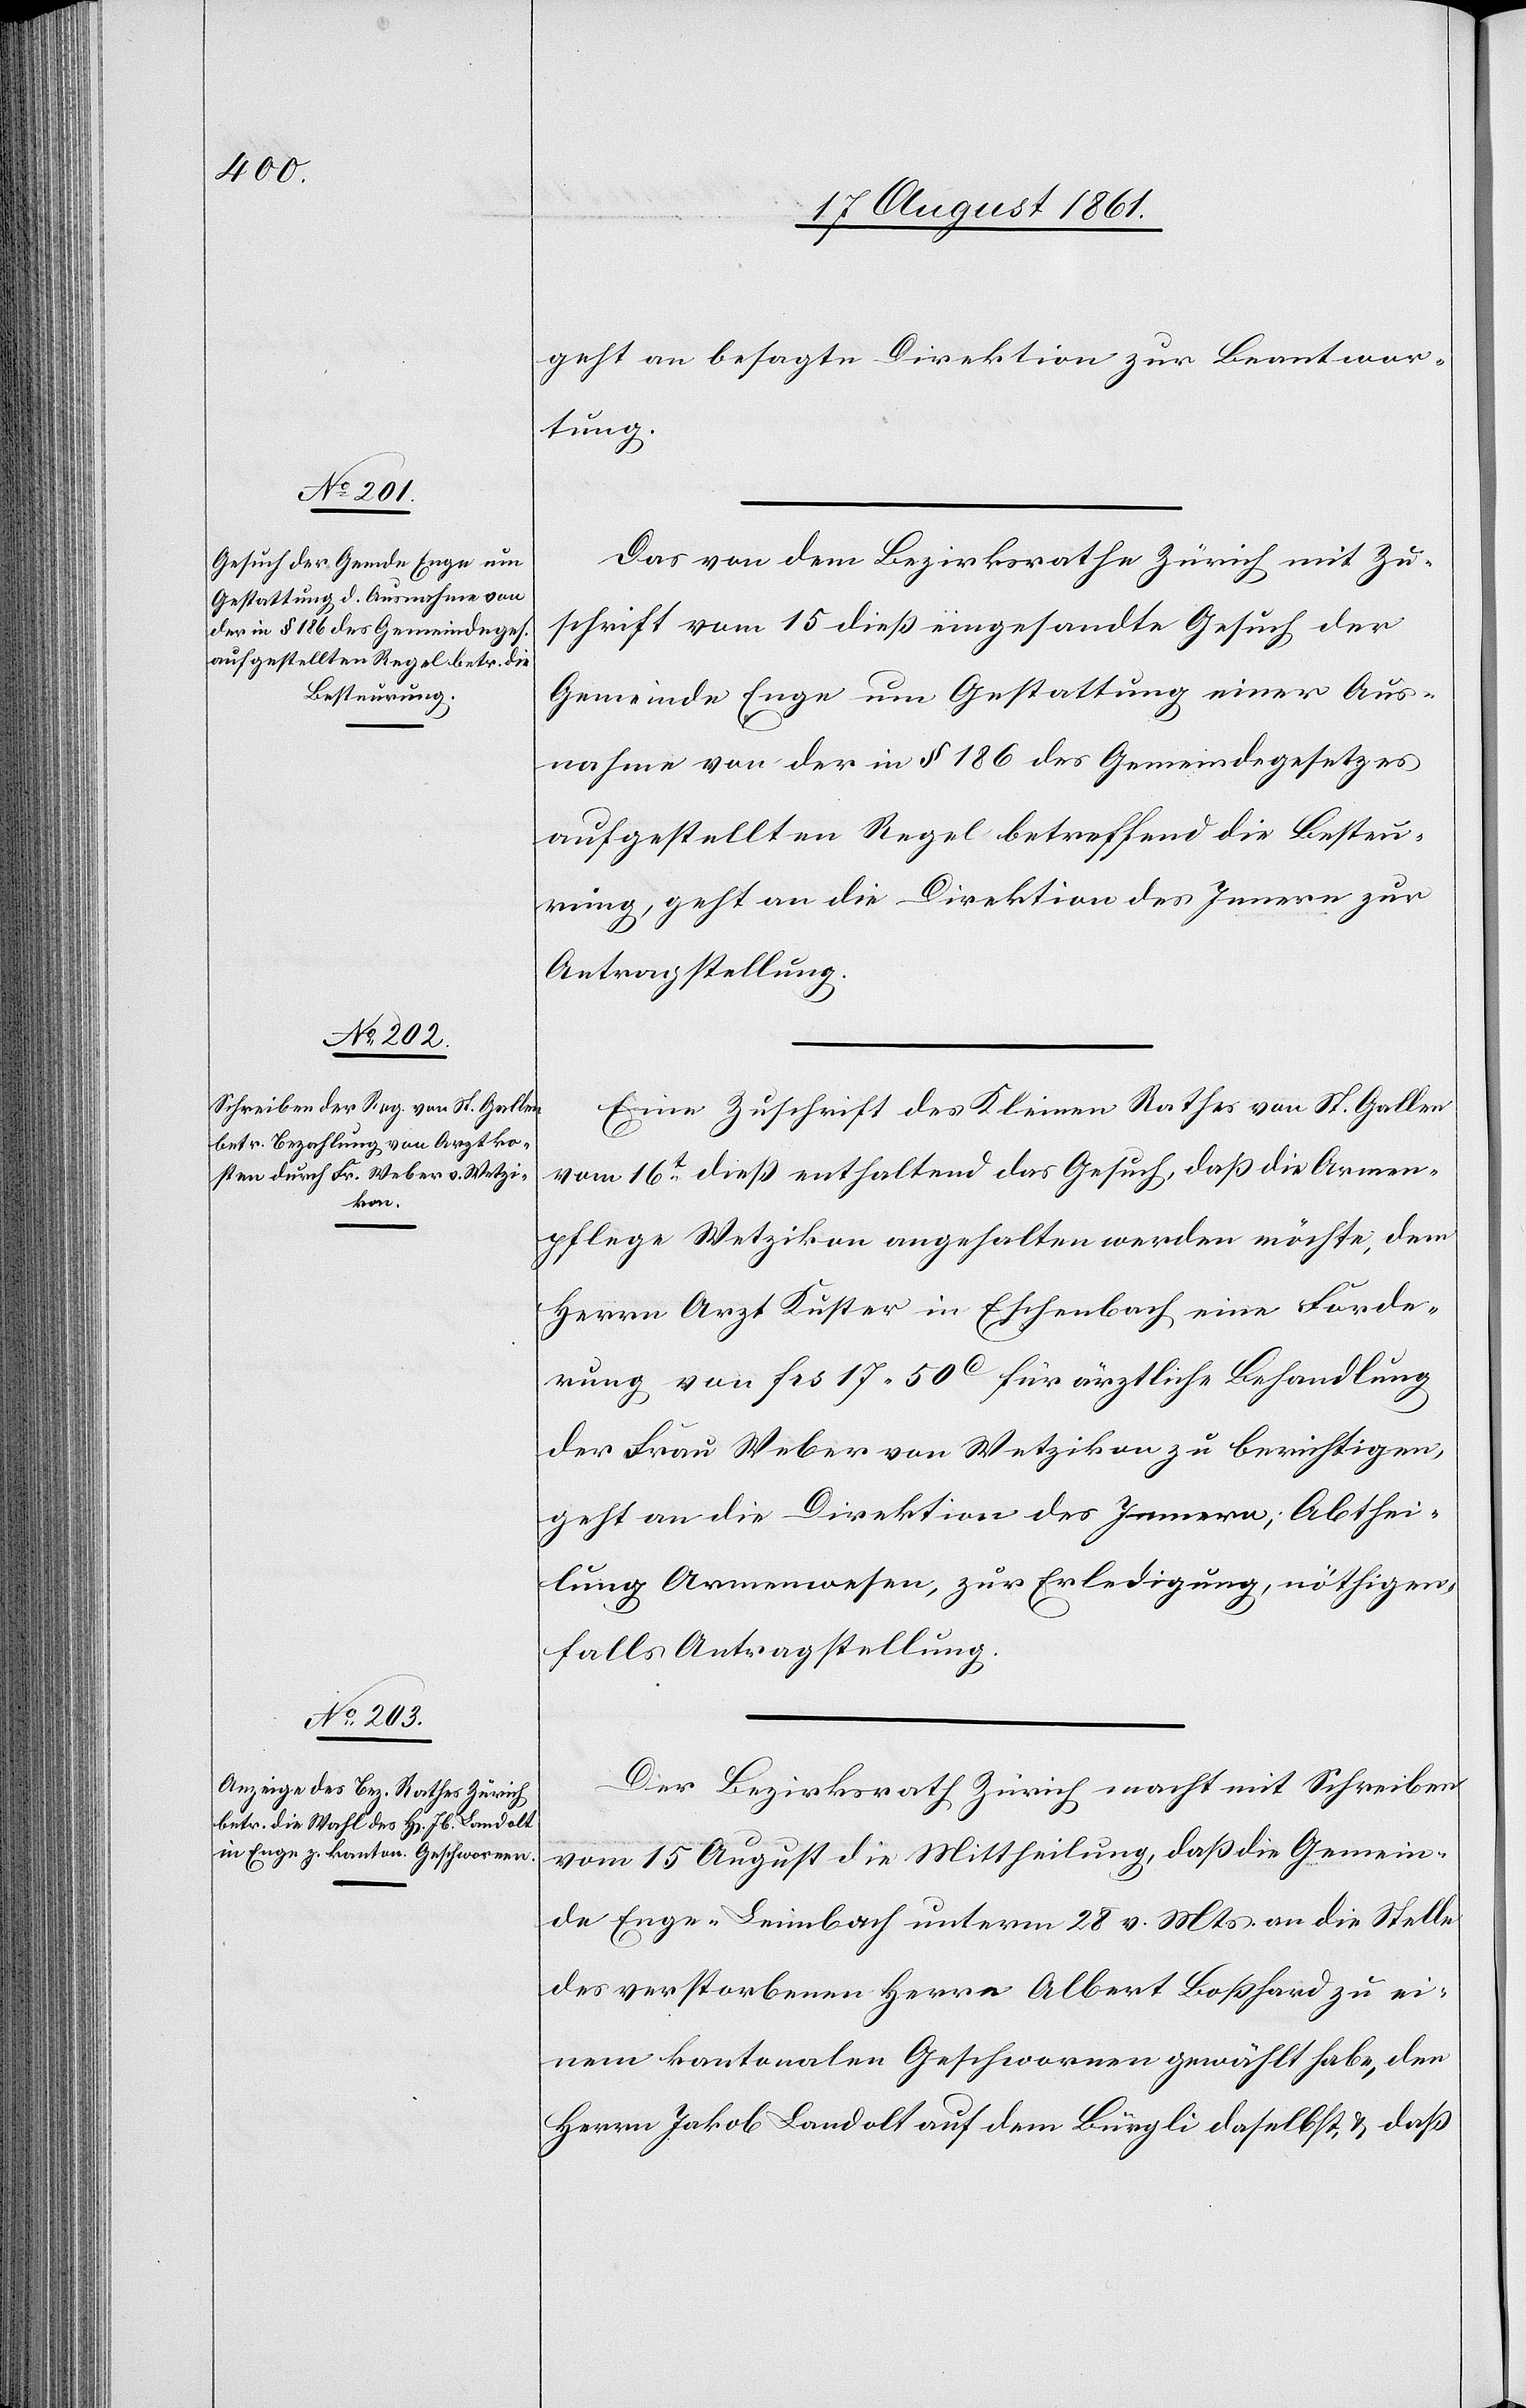
19 August 1861.]
geht an besagte Direktion zur Beantwor¬
tung.
Das von dem Bezirksrathe Zürich mit Zu¬
schrift vom 15 dieß eingesandte Gesuch der
Gemeinde Enge um Gestattung einer Aus¬
nahme von der in § 186 des Gemeindegesetzes
aufgestellten Regel betreffend die Besteu¬
rung, geht an die Direktion des Innern zur
Antragstellung.
Eine Zuschrift des Kleinen Rathes von St. Gallen
vom 16t dieß enthaltend das Gesuch, daß die Armen¬
pflege Wetzikon angehalten werden möchte, dem
Herrn Arzt Kuster in Eschenbach eine Forde¬
rung von frs 17.50c für ärztliche Behandlung
der Frau Weber von Wetzikon zu berichtigen,
geht an die Direktion des Innern; Abthei¬
lung Armenwesen, zur Erledigung, nöthigen¬
falls Antragstellung.
Der Bezirksrath Zürich macht mit Schreiben
vom 15 August die Mittheilung, daß die Gemein¬
de Enge-Leimbach unterm 28 v. Mts. an die Stelle
des verstorbenen Herrn Albert Boßhard zu ei¬
nem kantonalen Geschworenen gewählt habe, den
Herrn Jakob Landolt auf dem Bürgli daselbst, u. daß